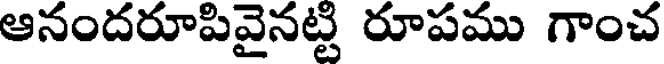
ఆనందరూపివైనట్టి రూపము గాంచ